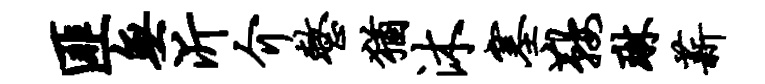
匪无沂介整犹沐塞鞍琳薪